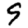
Digit: 9